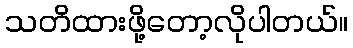
သတိထားဖို့တော့လိုပါတယ်။